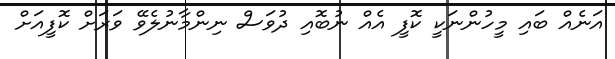
އަނެއް ބައި މީހުންނަކީ ކޮފީ އެއް ނުބޮއި ދުވަސް ނިންމާނުލެވޭ ވަރަށް ކޮފީއަށް